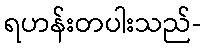
ရဟန်းတပါးသည်-